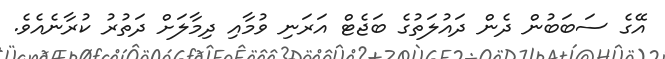
އޭގެ ސަބަބުން ދެން ދައުލަތުގެ ބަޖެޓް އަރަނި ވުމާއި ދިމާލަށް ދަތުރު ކުރާނެއެވެ.